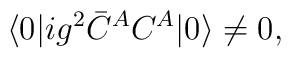
\langle 0| ig^2 \bar{C}^A C^A |0 \rangle \not= 0 ,